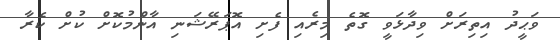
ވަޙީދު އިތިރަށް ވިދާޅަވީ ގޮތެ މިރެއި ފެށި އޮޕަރޭޝަނި އާންމުކޮށް ކުށް ކެރާ